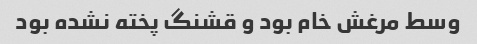
وسط مرغش خام بود و قشنگ پخته نشده بود